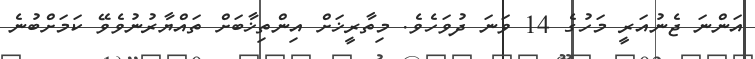
އަންނަ ޖެނުއަރީ މަހުގެ 14 ވަނަ ދުވަހެވެ. މިތާރީޚަށް އިންތިޚާބަށް ތައްޔާރުނުވެވޭ ކަމަށްބުނެ